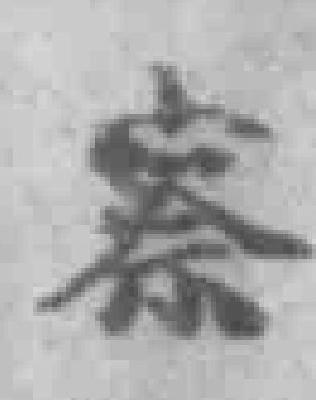
察